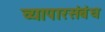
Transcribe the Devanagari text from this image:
व्यापारसंबंध